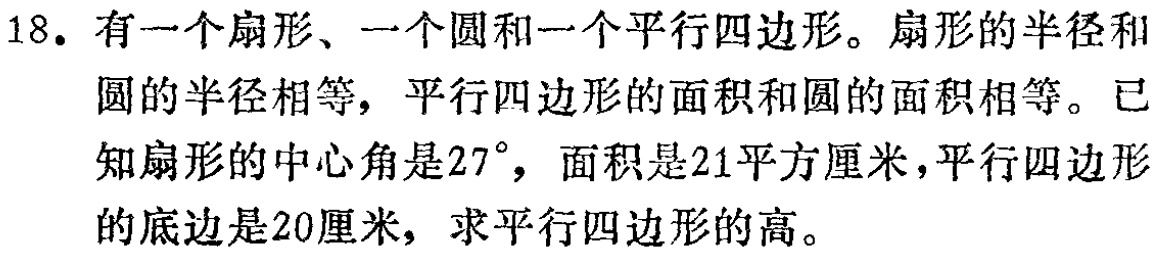
18. 有一个扇形、一个圆和一个平行四边形。扇形的半径和
圆的半径相等，平行四边形的面积和圆的面积相等。已
知扇形的中心角是\(27^{\circ}\)，面积是\(21\)平方厘米，平行四边形
的底边是\(20\)厘米，求平行四边形的高。